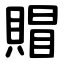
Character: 賵